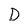
Character: D